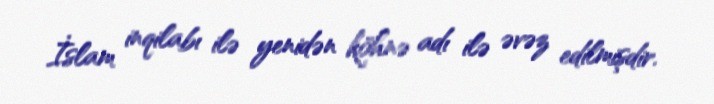
İslam inqilabı ilə yenidən köhnə adı ilə əvəz edilmişdir.